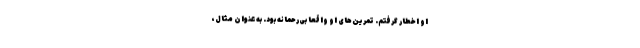
او اخطار گرفتم. تمرین‌های او واقعا بی‌رحمانه بود. به عنوان مثال،